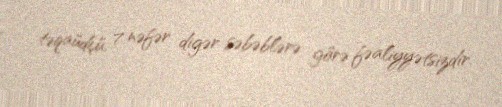
təqaüdçü, 7 nəfər digər səbəblərə görə fəaliyyətsizdir.